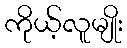
ကိုယ့်လူမျိုး